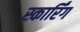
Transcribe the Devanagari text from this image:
स्कार्रिंग